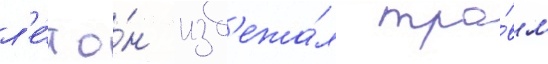
л'е́т о́н изб'ежа́л тра́вм